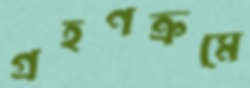
গ্রহণক্রমে